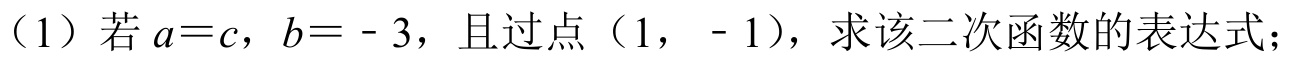
（1）若\(a = c\)，\(b = - 3\)，且过点\((1, - 1)\)，求该二次函数的表达式；